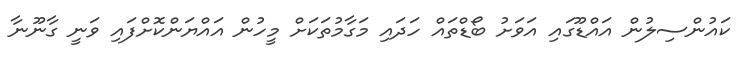
ކައުންސިލުން އައްޑޫގައި އަވަށު ބޯޑްތައް ހަދައި މަގާމުތަކަށް މީހުން އައްޔަންކޮށްފައި ވަނީ ގާނޫނާ